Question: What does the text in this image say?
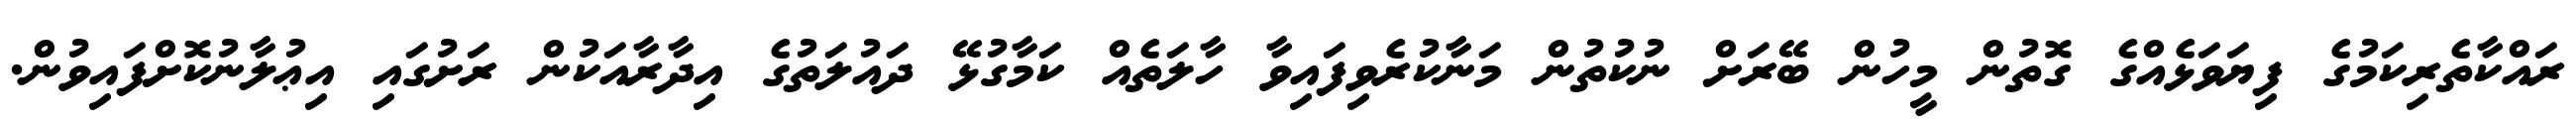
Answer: ރައްކާތެރިކަމުގެ ފިޔަވަޅެއްގެ ގޮތުން މީހުން ބޭރަށް ނުކުތުން މަނާކުރެވިފައިވާ ހާލަތެއް ކަމާގުޅޭ ދައުލަތުގެ އިދާރާއަކުން ރަށުގައި އިޢުލާނުކޮށްފައިވުން.